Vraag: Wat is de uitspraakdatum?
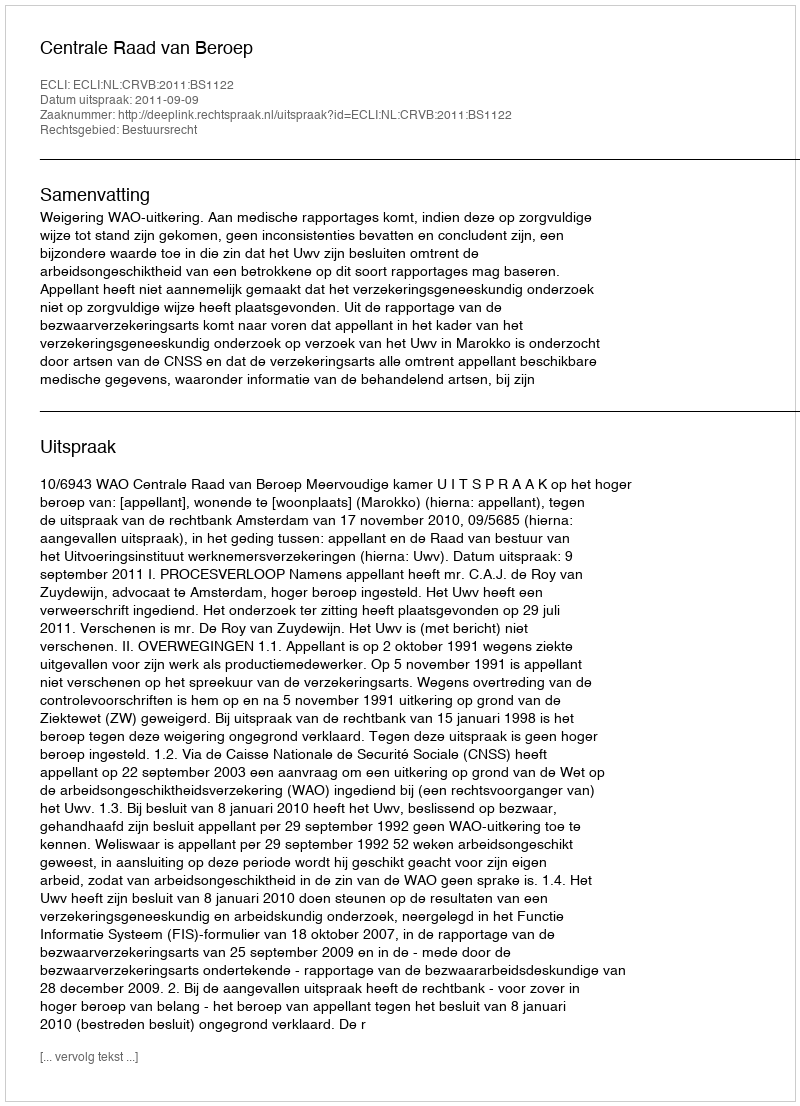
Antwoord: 2011-09-09